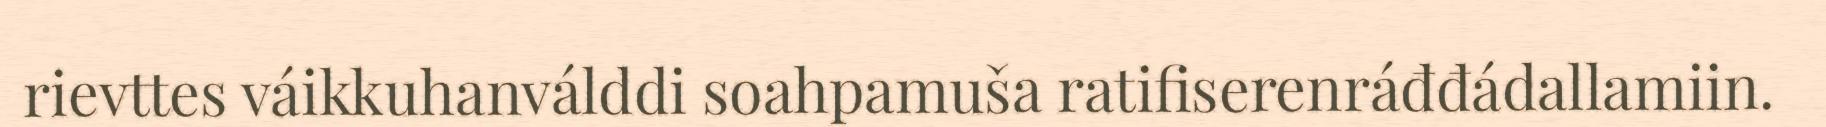
rievttes váikkuhanválddi soahpamuša ratifiserenráđđádallamiin.